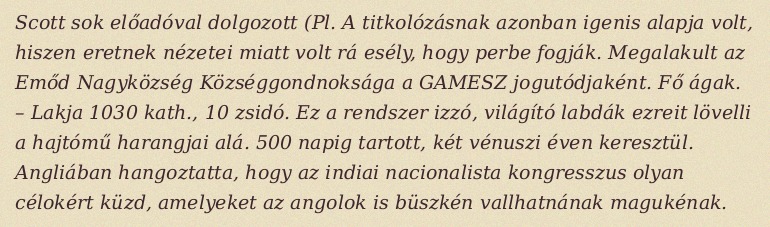
Scott sok előadóval dolgozott (Pl. A titkolózásnak azonban igenis alapja volt, hiszen eretnek nézetei miatt volt rá esély, hogy perbe fogják. Megalakult az Emőd Nagyközség Községgondnoksága a GAMESZ jogutódjaként. Fő ágak. – Lakja 1030 kath., 10 zsidó. Ez a rendszer izzó, világító labdák ezreit lövelli a hajtómű harangjai alá. 500 napig tartott, két vénuszi éven keresztül. Angliában hangoztatta, hogy az indiai nacionalista kongresszus olyan célokért küzd, amelyeket az angolok is büszkén vallhatnának magukénak.